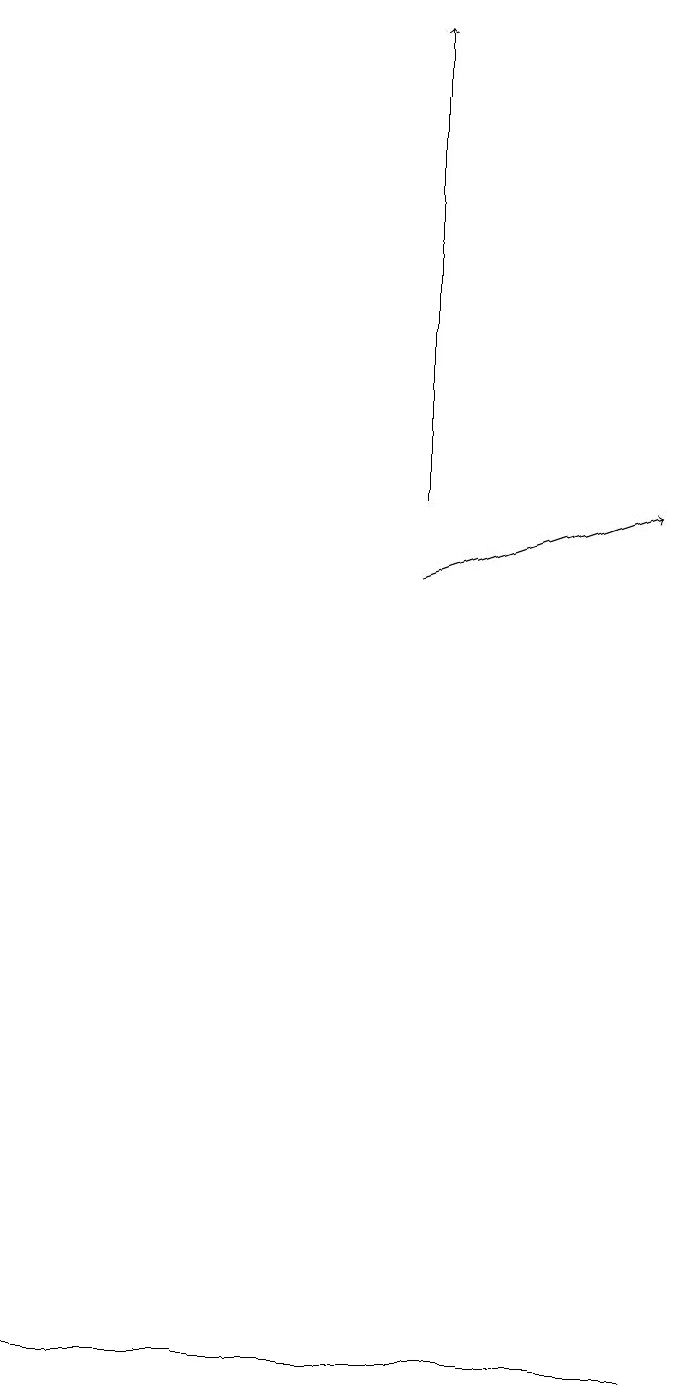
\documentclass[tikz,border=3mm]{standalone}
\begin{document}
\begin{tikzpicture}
\draw[->] (6,11) -- (6,17);
\draw (9,0) -- (1,0) -- (2,0) -- cycle;
\draw[->] (6,10) -- (9,11);
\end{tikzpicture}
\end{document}